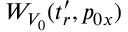
W _ { V _ { 0 } } ( t _ { r } ^ { \prime } , p _ { 0 x } )